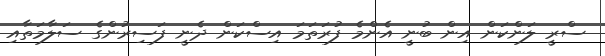
ސްރީ ލަންކަން އިން ބުނީ އެންމެ ފުރަތަމަ އިސްކަން ދެނީ ފަސިރުންގެ ސަލާމަތާއި